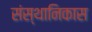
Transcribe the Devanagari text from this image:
संस्थानिकास